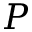
P